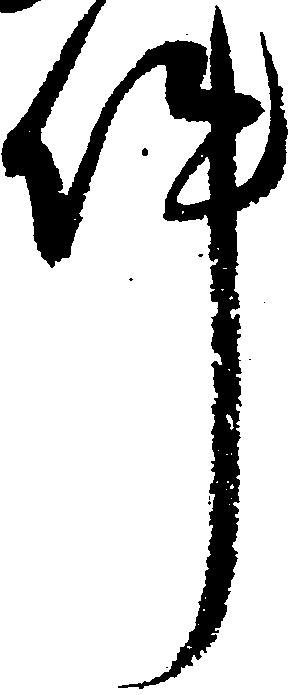
件